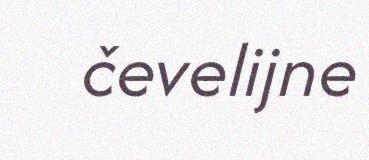
čevelijne